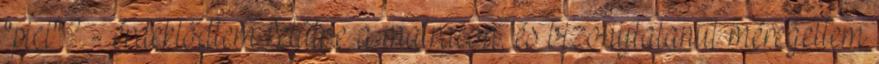
"pici"? - érdeklődtem felülve a matracon, és bizonytalanul méregettem